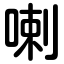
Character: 喇